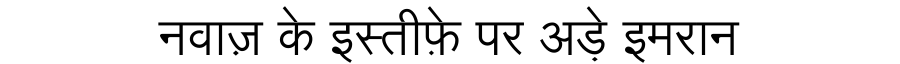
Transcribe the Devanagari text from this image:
नवाज़ के इस्तीफ़े पर अड़े इमरान